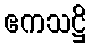
ဧကသဋ္ဌိ